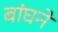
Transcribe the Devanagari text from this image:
बांघने